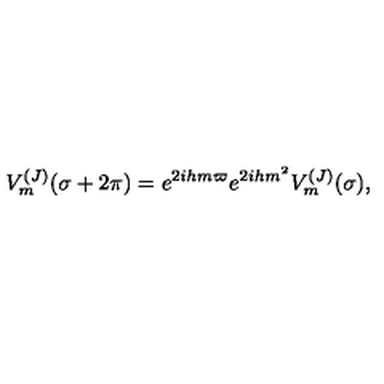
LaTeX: V _ { m } ^ { ( J ) } ( \sigma + 2 \pi ) = e ^ { 2 i h m \varpi } e ^ { 2 i h m ^ { 2 } } V _ { m } ^ { ( J ) } ( \sigma ) ,